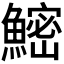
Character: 𬵨